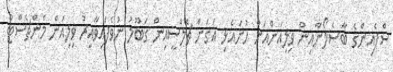
ސްޕެއިންގެ ބާސެލޯނާއިން ވިލިއަންއަށް ހުށައެޅި އަގަށް ޗެލްސީއިން ގަބޫލު ނުވެފައިވާއިރު ވިލިއަން މެންޗެސްޓާ